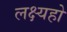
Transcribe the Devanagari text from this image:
लक्ष्यहो